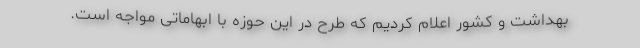
بهداشت و کشور اعلام کردیم که طرح در این حوزه با ابهاماتی مواجه است.